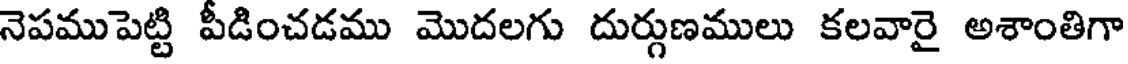
నెపముపెట్టి పీడించడము మొదలగు దుర్గుణములు కలవారై అశాంతిగా